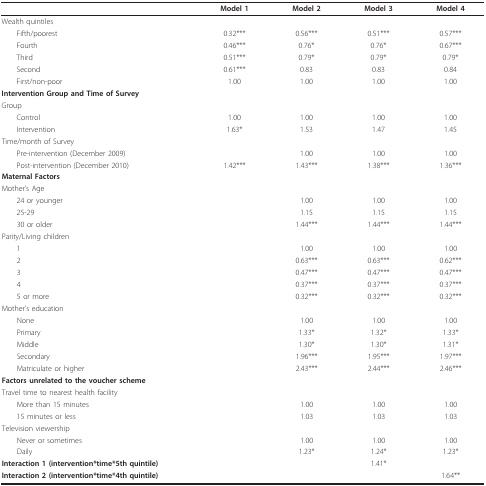
<table><thead><tr><td></td><td><b>Model 1</b></td><td><b>Model 2</b></td><td><b>Model 3</b></td><td><b>Model 4</b></td></tr></thead><tbody><tr><td>Wealth quintiles</td><td></td><td></td><td></td><td></td></tr><tr><td> Fifth/poorest</td><td>0.32***</td><td>0.56***</td><td>0.51***</td><td>0.57***</td></tr><tr><td> Fourth</td><td>0.46***</td><td>0.76*</td><td>0.76*</td><td>0.67***</td></tr><tr><td> Third</td><td>0.51***</td><td>0.79*</td><td>0.79*</td><td>0.79*</td></tr><tr><td> Second</td><td>0.61***</td><td>0.83</td><td>0.83</td><td>0.84</td></tr><tr><td> First/non-poor</td><td>1.00</td><td>1.00</td><td>1.00</td><td>1.00</td></tr><tr><td><b>Intervention Group and Time of Survey</b></td><td></td><td></td><td></td><td></td></tr><tr><td>Group</td><td></td><td></td><td></td><td></td></tr><tr><td> Control</td><td>1.00</td><td>1.00</td><td>1.00</td><td>1.00</td></tr><tr><td> Intervention</td><td>1.63*</td><td>1.53</td><td>1.47</td><td>1.45</td></tr><tr><td>Time/month of Survey</td><td></td><td></td><td></td><td></td></tr><tr><td> Pre-intervention (December 2009)</td><td></td><td>1.00</td><td>1.00</td><td>1.00</td></tr><tr><td> Post-intervention (December 2010)</td><td>1.42***</td><td>1.43***</td><td>1.38***</td><td>1.36***</td></tr><tr><td><b>Maternal Factors</b></td><td></td><td></td><td></td><td></td></tr><tr><td>Mother&#x27;s Age</td><td></td><td></td><td></td><td></td></tr><tr><td> 24 or younger</td><td></td><td>1.00</td><td>1.00</td><td>1.00</td></tr><tr><td> 25-29</td><td></td><td>1.15</td><td>1.15</td><td>1.15</td></tr><tr><td> 30 or older</td><td></td><td>1.44***</td><td>1.44***</td><td>1.44***</td></tr><tr><td>Parity/Living children</td><td></td><td></td><td></td><td></td></tr><tr><td> 1</td><td></td><td>1.00</td><td>1.00</td><td>1.00</td></tr><tr><td> 2</td><td></td><td>0.63***</td><td>0.63***</td><td>0.62***</td></tr><tr><td> 3</td><td></td><td>0.47***</td><td>0.47***</td><td>0.47***</td></tr><tr><td> 4</td><td></td><td>0.37***</td><td>0.37***</td><td>0.37***</td></tr><tr><td> 5 or more</td><td></td><td>0.32***</td><td>0.32***</td><td>0.32***</td></tr><tr><td>Mother&#x27;s education</td><td></td><td></td><td></td><td></td></tr><tr><td> None</td><td></td><td>1.00</td><td>1.00</td><td>1.00</td></tr><tr><td> Primary</td><td></td><td>1.33*</td><td>1.32*</td><td>1.33*</td></tr><tr><td> Middle</td><td></td><td>1.30*</td><td>1.30*</td><td>1.31*</td></tr><tr><td> Secondary</td><td></td><td>1.96***</td><td>1.95***</td><td>1.97***</td></tr><tr><td> Matriculate or higher</td><td></td><td>2.43***</td><td>2.44***</td><td>2.46***</td></tr><tr><td><b>Factors unrelated to the voucher scheme</b></td><td></td><td></td><td></td><td></td></tr><tr><td>Travel time to nearest health facility</td><td></td><td></td><td></td><td></td></tr><tr><td> More than 15 minutes</td><td></td><td>1.00</td><td>1.00</td><td>1.00</td></tr><tr><td> 15 minutes or less</td><td></td><td>1.03</td><td>1.03</td><td>1.03</td></tr><tr><td>Television viewership</td><td></td><td></td><td></td><td></td></tr><tr><td> Never or sometimes</td><td></td><td>1.00</td><td>1.00</td><td>1.00</td></tr><tr><td> Daily</td><td></td><td>1.23*</td><td>1.24*</td><td>1.23*</td></tr><tr><td><b>Interaction 1 (intervention*time*5th quintile)</b></td><td></td><td></td><td>1.41*</td><td></td></tr><tr><td><b>Interaction 2 (intervention*time*4th quintile)</b></td><td></td><td></td><td></td><td>1.64**</td></tr></tbody></table>